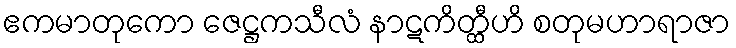
ဧကမာတုကော ဇေဋ္ဌကသီလံ နာဋကိတ္ထီဟိ စတုမဟာရာဇာ